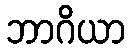
ဘာဂိယာ